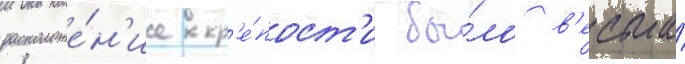
расположе́н'ие кр'е́пост'и бы́ло в'есьма́